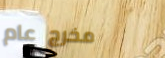
مخرج عام